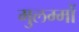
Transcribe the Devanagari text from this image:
मुलम्मों